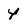
Character: 4